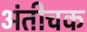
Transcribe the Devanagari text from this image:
अंतीचक